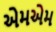
એમએમ